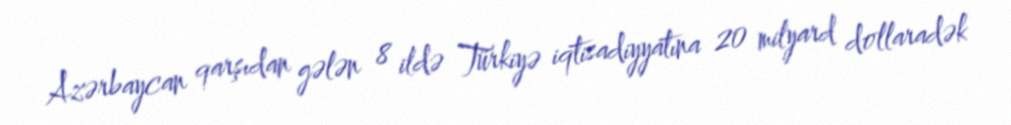
Azərbaycan qarşıdan gələn 8 ildə Türkiyə iqtisadiyyatına 20 milyard dollaradək